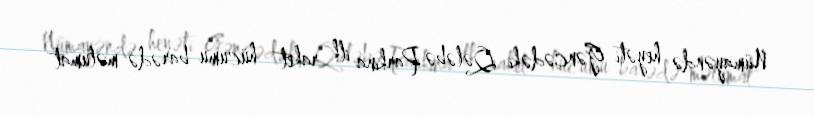
Nümayəndə heyəti Gəncədəki Qələbə Parkına ilk raket hücumu barədə məlumat